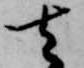
去